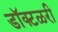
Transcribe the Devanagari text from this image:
डॉक्टळरी